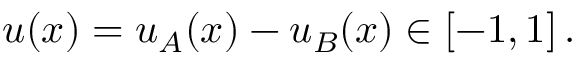
u ( \boldsymbol { x } ) = u _ { A } ( \boldsymbol { x } ) - u _ { B } ( \boldsymbol { x } ) \in [ - 1 , 1 ] \, .